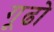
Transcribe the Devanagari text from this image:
गूढो